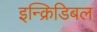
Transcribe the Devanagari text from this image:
इन्क्रिडिबल